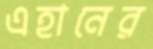
এহানের